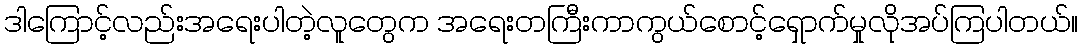
ဒါကြောင့်လည်းအရေးပါတဲ့လူတွေက အရေးတကြီးကာကွယ်စောင့်ရှောက်မှုလိုအပ်ကြပါတယ်။